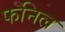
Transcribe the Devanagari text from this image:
फनिल